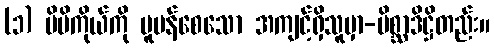
(၁) မိမိကိုယ်ကို ပူပန်စေသော အကျင့်ရှိသူမှာ-မိစ္ဆာဒိဋ္ဌိတည်း။